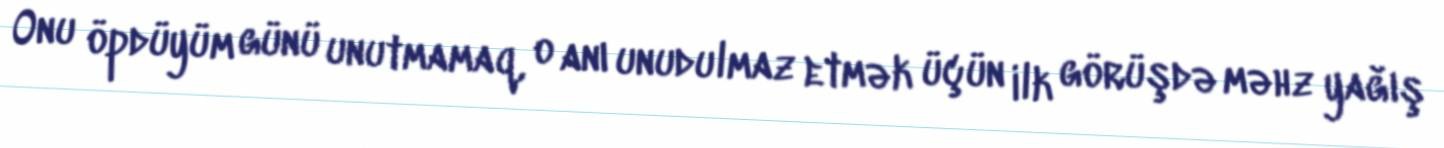
Onu öpdüyüm günü unutmamaq, o anı unudulmaz etmək üçün ilk görüşdə məhz yağış